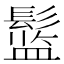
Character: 𱆅